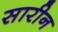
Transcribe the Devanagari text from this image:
सारीन